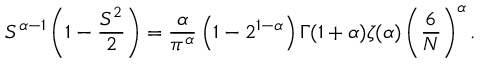
S ^ { \alpha - 1 } \left( 1 - \frac { S ^ { 2 } } { 2 } \right) = \frac { \alpha } { \pi ^ { \alpha } } \left( 1 - 2 ^ { 1 - \alpha } \right) \Gamma ( 1 + \alpha ) \zeta ( \alpha ) \left( \frac { 6 } { N } \right) ^ { \alpha } .